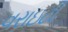
વરાઇટી